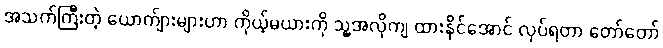
အသက်ကြီးတဲ့ ယောက်ျားများဟာ ကိုယ့်မယားကို သူ့အလိုကျ ထားနိုင်အောင် လုပ်ရတာ တော်တော်